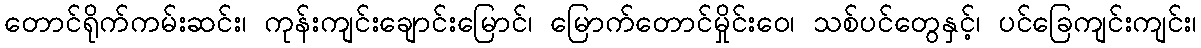
တောင်ရိုက်ကမ်းဆင်း၊ ကုန်းကျင်းချောင်းမြောင်၊ မြောက်တောင်မှိုင်းဝေ၊ သစ်ပင်တွေနှင့်၊ ပင်ခြေကျင်းကျင်း၊